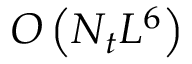
O \left( N _ { t } L ^ { 6 } \right)